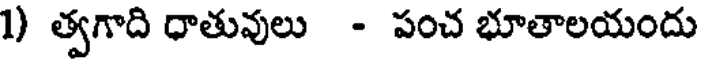
1) త్వగాది ధాతువులు - పంచ భూతాలయందు